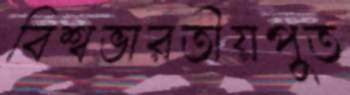
বিশ্বভারতীয়পুত